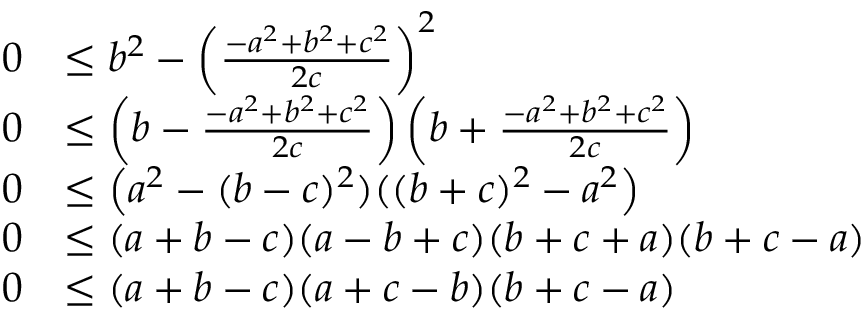
{ \begin{array} { r l } { 0 } & { \leq b ^ { 2 } - \left( { \frac { - a ^ { 2 } + b ^ { 2 } + c ^ { 2 } } { 2 c } } \right) ^ { 2 } } \\ { 0 } & { \leq \left( b - { \frac { - a ^ { 2 } + b ^ { 2 } + c ^ { 2 } } { 2 c } } \right) \left( b + { \frac { - a ^ { 2 } + b ^ { 2 } + c ^ { 2 } } { 2 c } } \right) } \\ { 0 } & { \leq \left( a ^ { 2 } - ( b - c ) ^ { 2 } ) ( ( b + c ) ^ { 2 } - a ^ { 2 } \right) } \\ { 0 } & { \leq ( a + b - c ) ( a - b + c ) ( b + c + a ) ( b + c - a ) } \\ { 0 } & { \leq ( a + b - c ) ( a + c - b ) ( b + c - a ) } \end{array} }